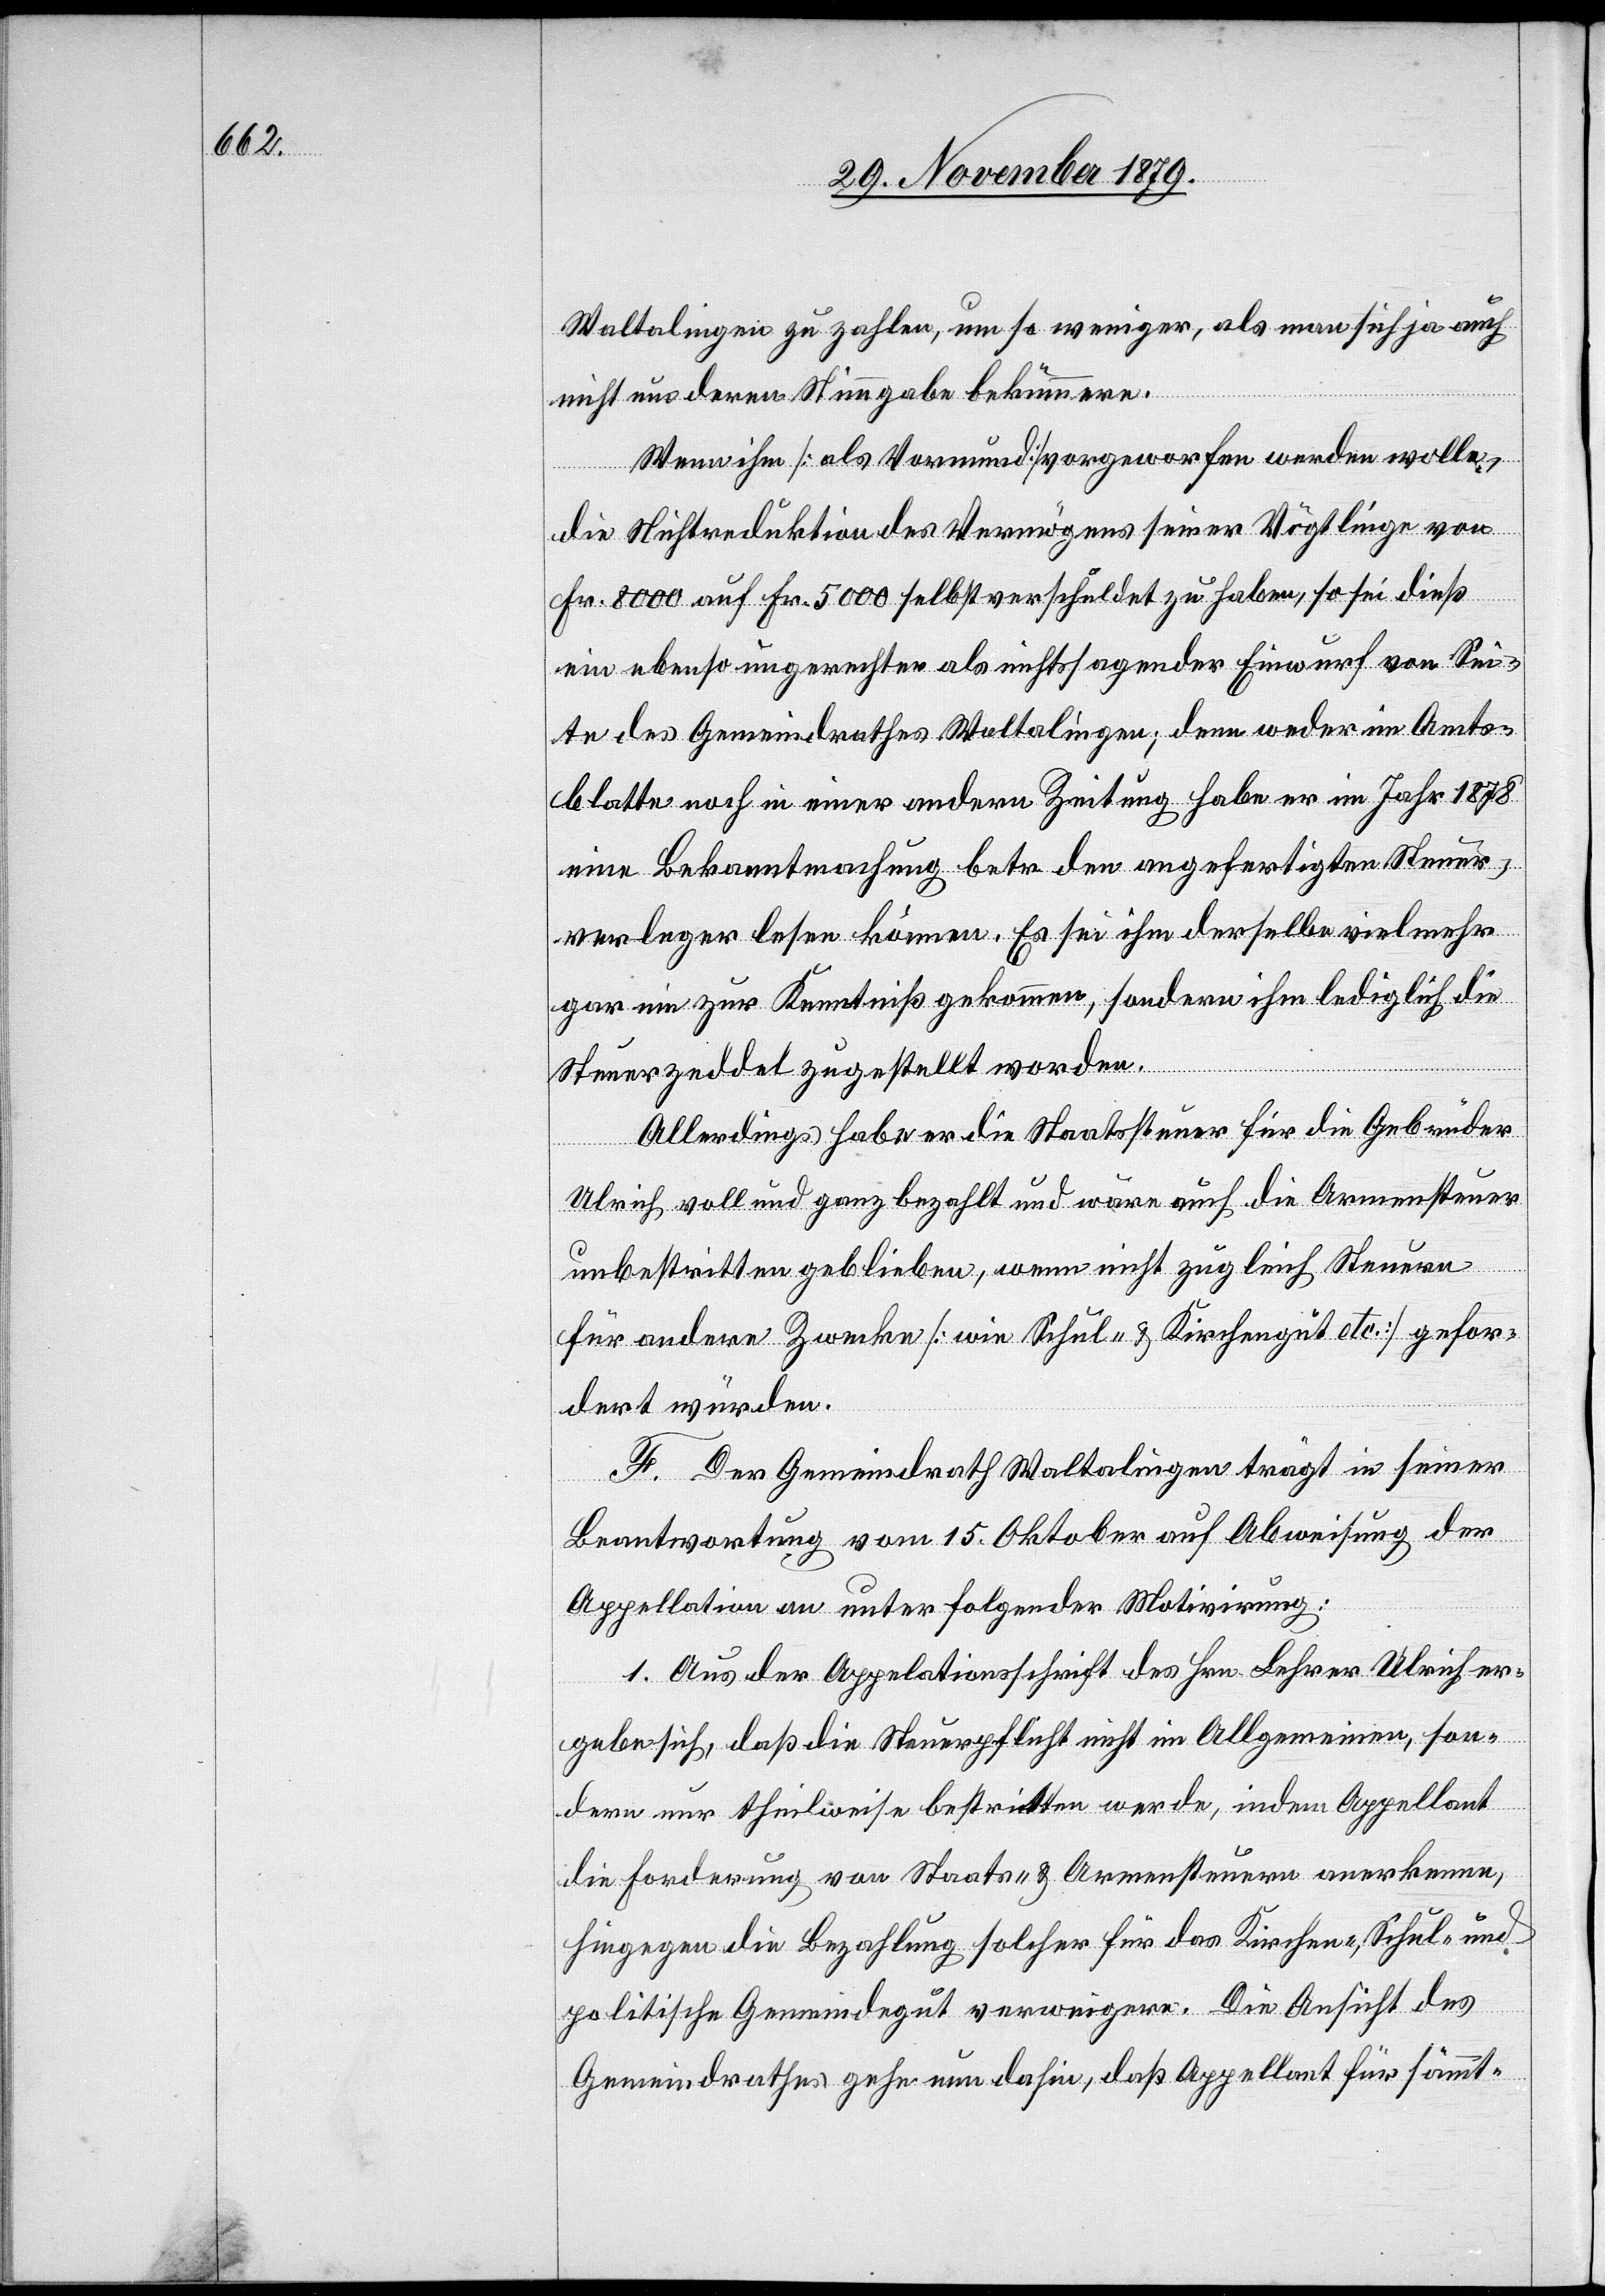
Waltalingen zu zahlen, um so weniger, als man sich ja auch
nicht um deren Stimmgabe bekümmere.
Wenn ihm [als Vormund] vorgeworfen werden wolle,
die Nichtreduktion des Vermögens seiner Vögtlinge von
Fr. 8000 auf Fr. 5000 selbstverschuldet zu haben, so sei dieß
ein ebenso ungerechter als nichtssagender Einwurf von Sei¬
te des Gemeindrathes Waltalingen, denn weder im Amts¬
blatte noch in einer andern Zeitung habe er im Jahr 1878
eine Bekanntmachung betr. den angefertigten Steuer¬
verleger lesen können. Es sei ihm derselbe vielmehr
gar nie zur Kenntniß gekommen, sondern ihm lediglich die
Steuerzeddel zugestellt worden.
Allerdings habe er die Staatssteuer für die Gebrüder
Ulrich voll und ganz bezahlt und wäre auch die Armensteuer
unbestritten geblieben, wenn nicht zugleich Steuern
für andere Zwecke [wie Schul- & Kirchengut etc.] gefor¬
dert würden.
F. Der Gemeindrath Waltalingen trägt in seiner
Beantwortung vom 15. Oktober auf Abweisung der
Appellation an unter folgender Motivirung:
1. Aus der Appel[l]ationsschrift des Hrn. Lehrer Ulrich er¬
gebe sich, daß die Steuerpflicht nicht im Allgemeinen, son¬
dern nur theilweise bestritten werde, indem Appellant
die Forderung von Staats- & Armensteuern anerkenne,
hingegen die Bezahlung solcher für das Kirchen-, Schul- und
politische Gemeindegut verweigere. Die Ansicht des
Gemeindrathes gehe nun dahin, daß Appellant für sämmt-